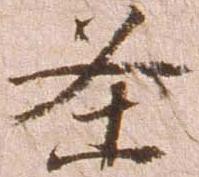
条